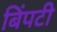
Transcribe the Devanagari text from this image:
बिंपटी